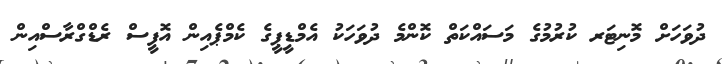
ދުވަހަށް މޮނިޓަރ ކުރުމުގެ މަސައްކަތް ކޮންމެ ދުވަހަކު އެމްޑީޕީގެ ކެމްޕެއިން އޮފީސް ރެޑްގްރާސްއިން